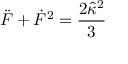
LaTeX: \ddot { F } + \dot { F } ^ { 2 } = \frac { 2 \hat { \kappa } ^ { 2 } } { 3 }